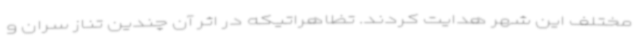
مختلف این شهر هدایت کردند. تظاهراتیکه در اثر آن چندین تناز سران و